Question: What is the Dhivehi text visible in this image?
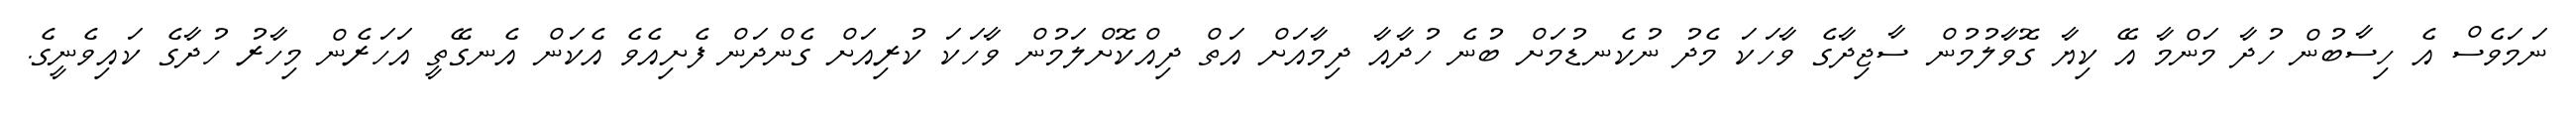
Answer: ނަމަވެސް އެ ހިސާބުން ހުދާ މަންމާ އޭ ކިޔާ ގޮވާލުމުން ސާޖިދާގެ ވާހަކަ މެދު ނުކެނޑުމަށް ބުނެ ހުދާއާ ދިމާއަށް އަތް ދިއްކޮށްލަމުން ވާހަކަ ކުރިއަށް ގެންދަން ފެށިއެވެ އެކަން އެނގޭތީ އަހަރެން މިހާރު ހުދާގެ ކައިވެނީގެ.